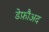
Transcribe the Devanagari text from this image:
डेफ़ौअद